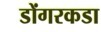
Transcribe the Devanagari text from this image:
डोंगरकडा